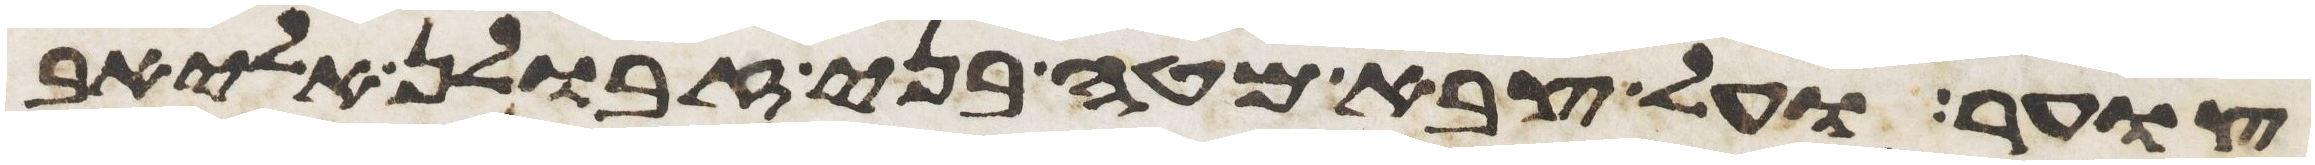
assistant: צוער ועל צבא מטה בני זבולן אליאב